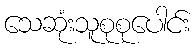
သေဆုံးသူစုစုပေါင်း